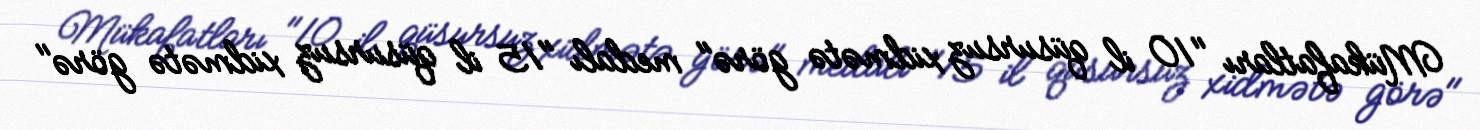
Mükafatları "10 il qüsursuz xidmətə görə" medalı "15 il qüsursuz xidmətə görə"